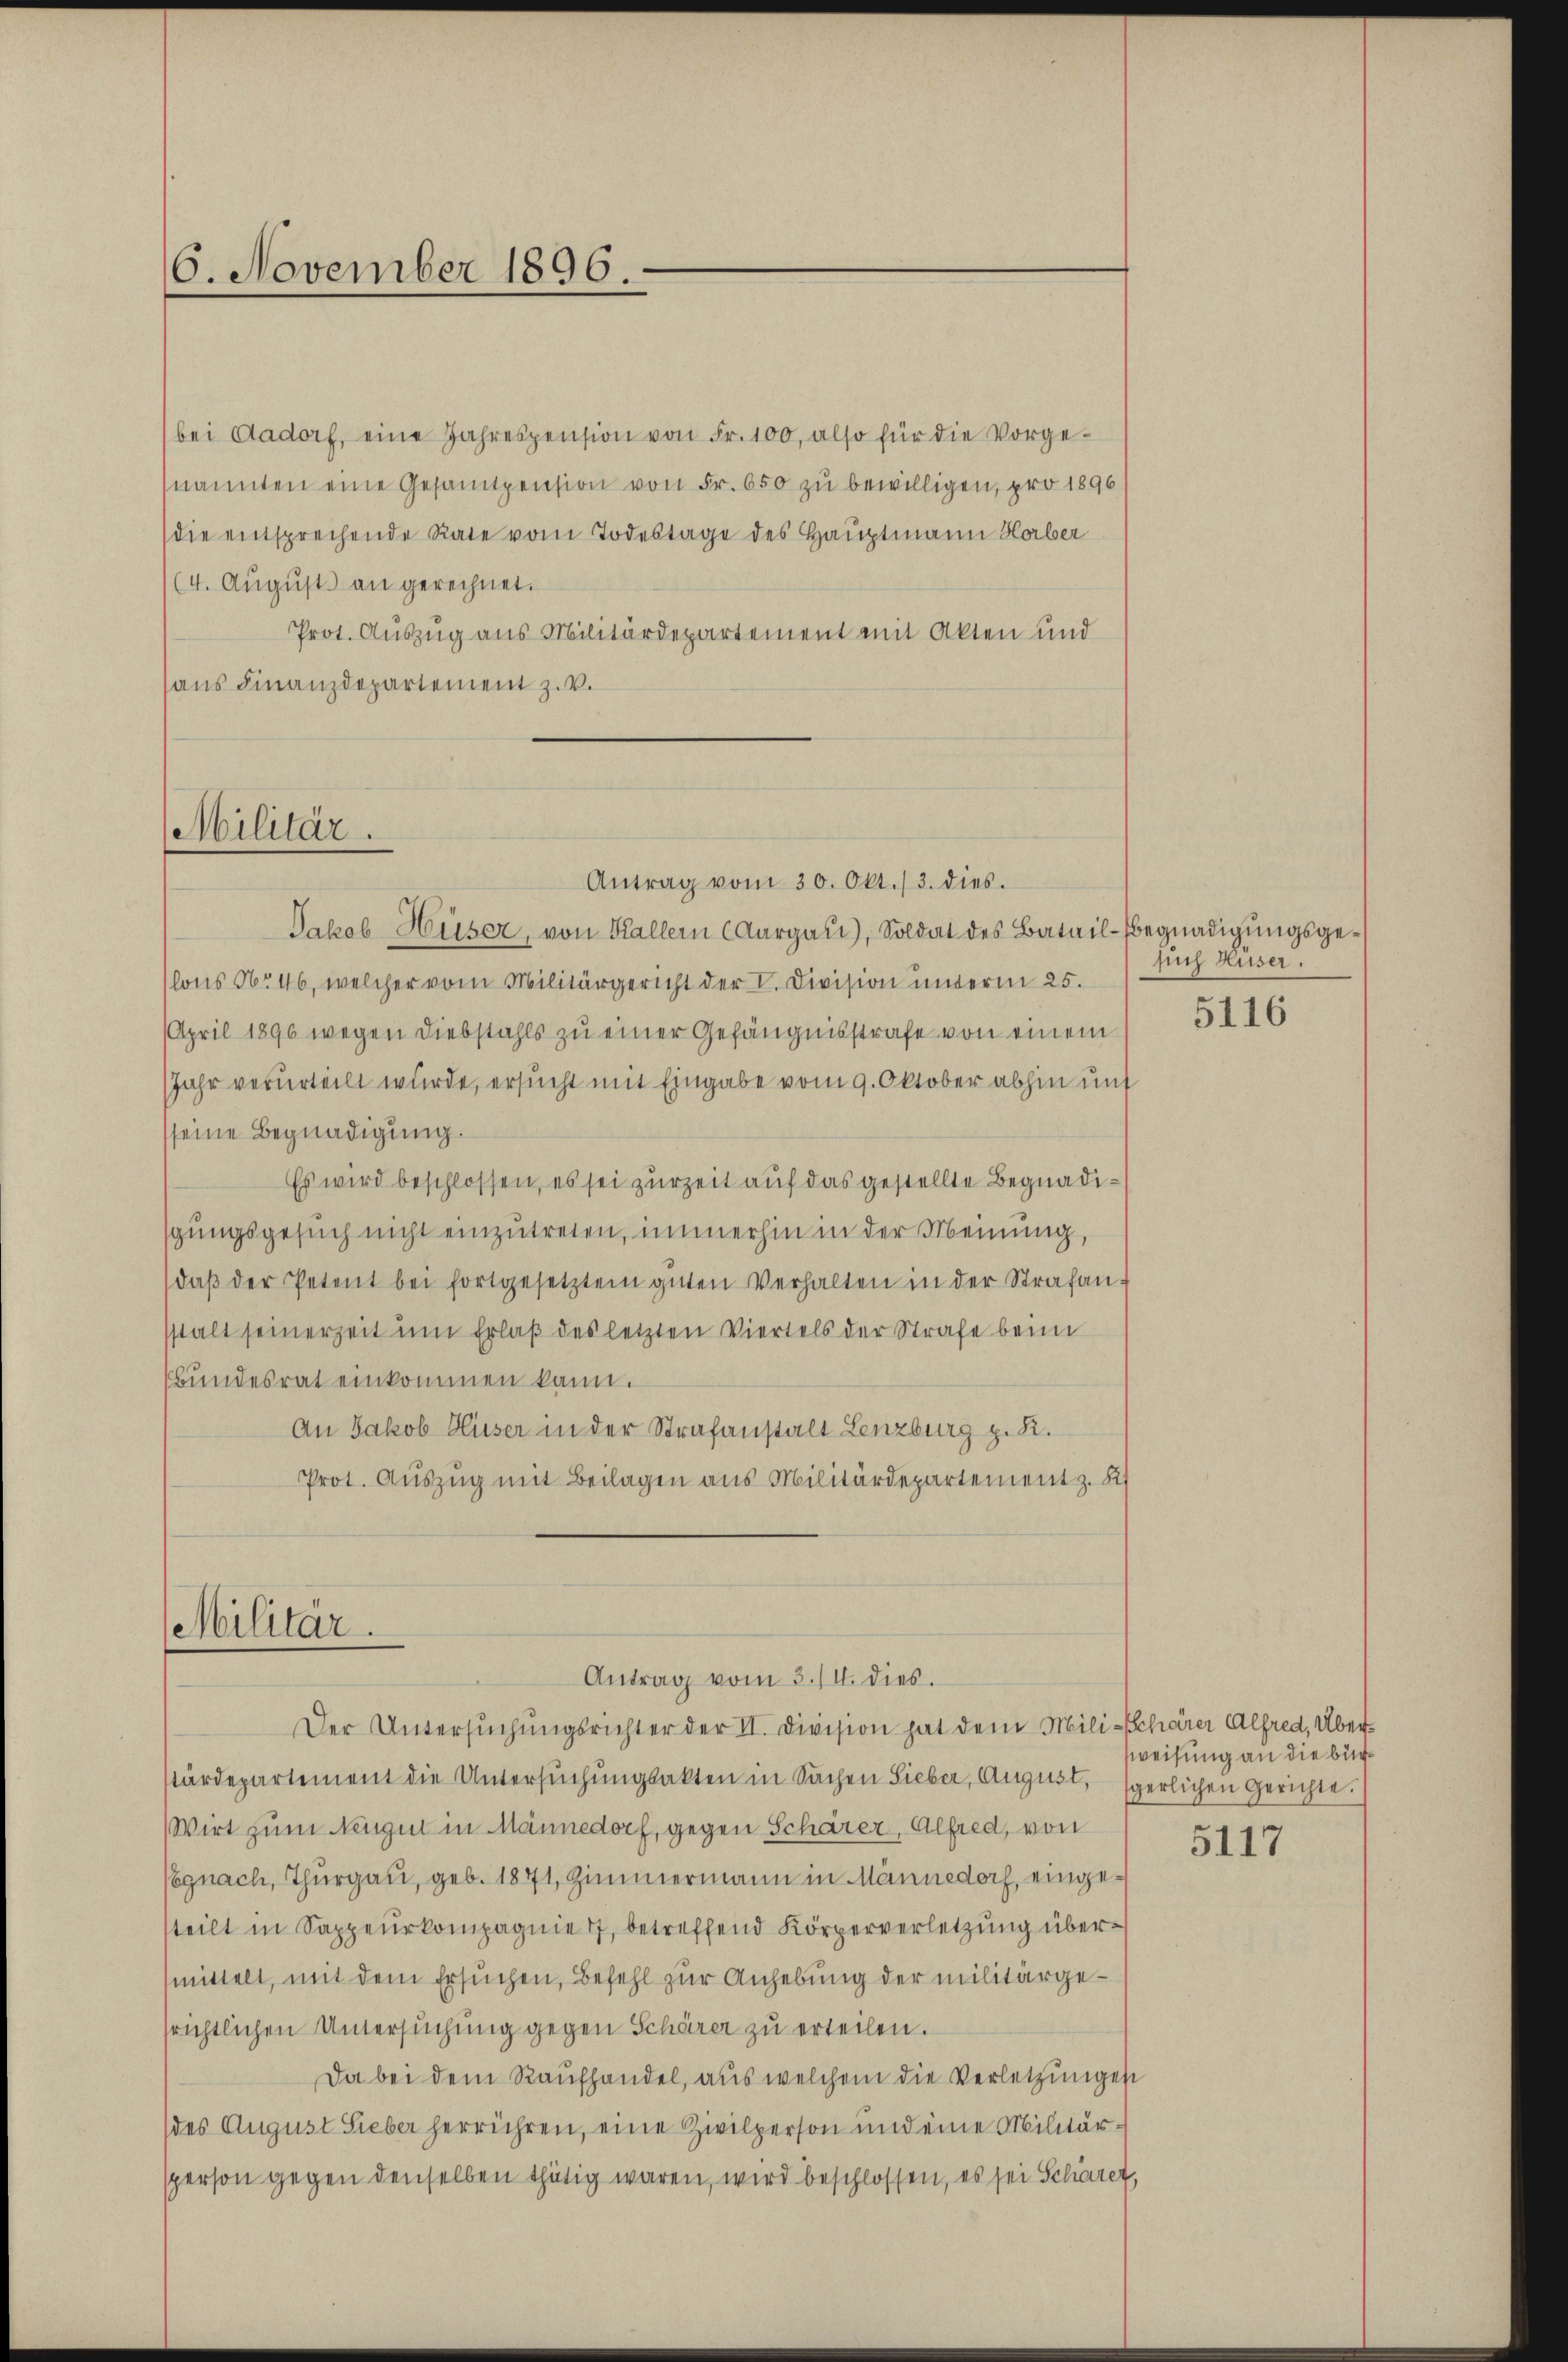
6. November 1896

bei Aadorf, eine Jahrespension von Fr. 100, also für die Vorgenannten eine Gesamtpension von Fr. 650 zu bewilligen, pro 1896
die entsprechende Rate vom Todestage des Hauptmann Horber
(4. August an gerechnet.
Prot. Auszug aus Militärdepartement mit Akten und
aus Finanzdepartement z. v.

Militär.

Antrag vom 30. Okt./3. dies.
Jakob Huser, von Kallern Aargau, Soldat des Batail-Begnadigŭngsgelons No 46, welcher vom Militärgericht der V. Division unterm 25.
April 1896 wegen Diebstahls zu einer Gefängnisstrafe von einem
Jahr verurteilt wurde, ersucht mit Eingabe vom 9. Oktober abhin unt
sseine Begnadigung.
Es wird beschlossen, es sei zurZeit auf das gestellte Begnadisgungsgesuch nicht einzutreten, immerhin in der Meinung,
daβ der Petent bei fortgesetztem guten Verhalten in der Strafanstalt seinerzeit um Erlaß des letzten Viertels der Strafe beim
bundesrat einkommen kann.
An Jakob Huser in der Strafanstalt Lenzburg p. K.
Prot. Auszug mit Beilagen aus Militärdepartement z. K

Militär.
Antrag vom 3./4. dies.

Der Untersŭchŭngsrichter der II. Division hat dem Mili-Schärer Alfred, Überstärdepartement die Untersŭchŭngsakten in Sachen Sieber, August, sperlichen Gerichte.
Wirt zum Neugut in Männedorf, gegen Schärer, Alfred, von
Cognach, Thurgau, geb. 1871, Zimmermann in Männedorf, eingeteilt in Sappeurkompagnie 77, betreffend Körperverletzung übermittelt, mit dem Ersuchen, Befehl zur Anhebung der militärgesrichtlichen Untersuchung gegen Schärer zu erteilen.
Da bei dem Raufhandel, aus welchem die Verletzungen
(des August Sieber herrühren, eine Zivilperson und eine Militärsperson gegen denselben thätig waren, wird beschlossen, es sei Schärer,

such Huser.

5116

sweisung an die büch¬

5117